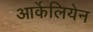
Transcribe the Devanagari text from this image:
आर्केलियेन